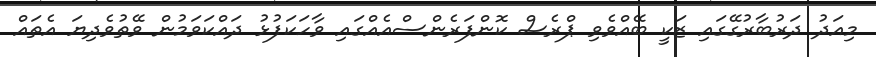
މިއަދު ދަރުބާރުގޭގައި ޒަކީ ބޭއްވެވި ޕްރެސް ކޮންފަރެންސްއެއްގައި ވާހަކަފުޅު ދައްކަވަމުން ވޭތުވެދިޔަ އެތައް